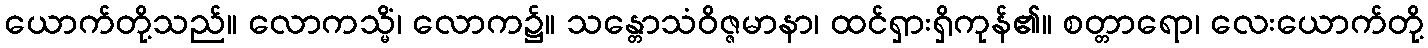
ယောက်တို့သည်။ လောကသ္မိံ၊ လောက၌။ သန္တောသံဝိဇ္ဇမာနာ၊ ထင်ရှားရှိကုန်၏။ စတ္တာရော၊ လေးယောက်တို့